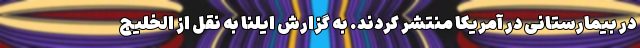
در بیمارستانی در آمریکا منتشر کردند. به گزارش ایلنا به نقل از الخلیج